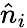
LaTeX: \hat{n}_{i}